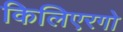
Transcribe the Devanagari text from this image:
किलिएरगो